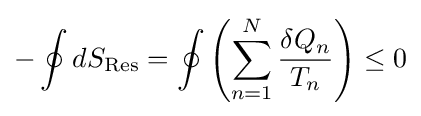
-\oint dS_{\text{Res}}=\oint \left(\sum _{n=1}^{N}{\frac {\delta Q_{n}}{T_{n}}}\right)\leq 0